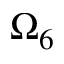
\Omega _ { 6 }